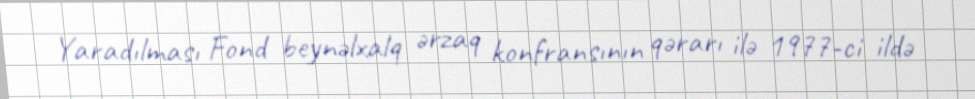
Yaradılması Fond beynəlxalq ərzaq konfransının qərarı ilə 1977-ci ildə